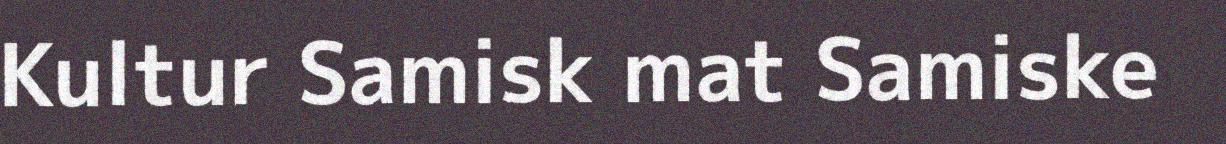
Kultur Samisk mat Samiske